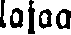
lajaa